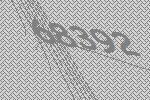
68392